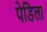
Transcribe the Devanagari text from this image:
पेडिला